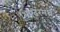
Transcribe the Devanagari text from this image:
थिएटरमधे